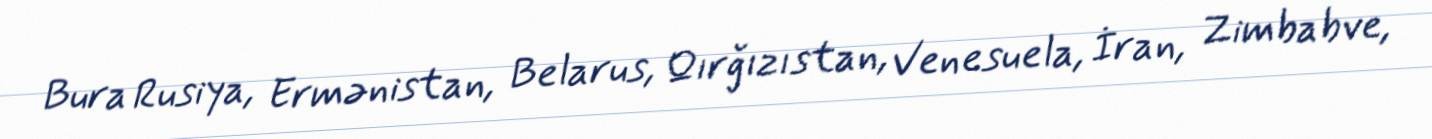
Bura Rusiya, Ermənistan, Belarus, Qırğızıstan, Venesuela, İran, Zimbabve,